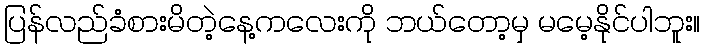
ပြန်လည်ခံစားမိတဲ့နေ့ကလေးကို ဘယ်တော့မှ မမေ့နိုင်ပါဘူး။